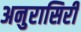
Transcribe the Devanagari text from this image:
अनुरासिरी